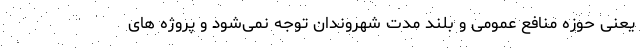
یعنی حوزه منافع عمومی و بلند مدت شهروندان توجه نمی‌شود و پروژه های